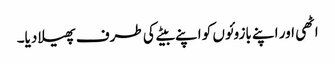
اٹھی اور اپنے بازوئوں کو اپنے بیٹے کی طرف پھیلا دیا۔